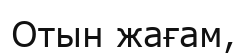
Отын жағам,